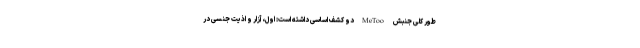
‌طور کلی جنبش MeTooدو کشف اساسی داشته است: اول، آزار و اذیت جنسی در